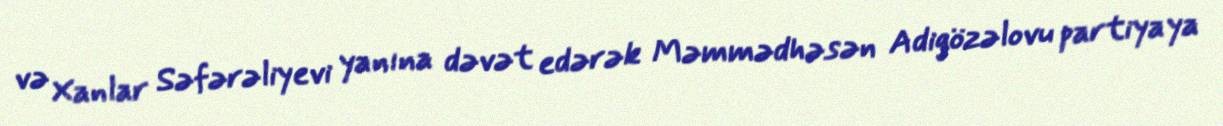
və Xanlar Səfərəliyevi yanına dəvət edərək Məmmədhəsən Adigözəlovu partiyaya